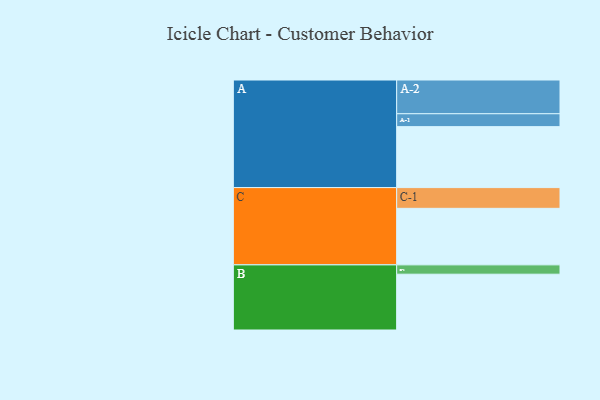
{"axis": {"x": "Segment", "y": "Value"}, "legend": ["", "A", "B", "C"], "data": [{"x": "A", "y": 412, "type": ""}, {"x": "B", "y": 377, "type": ""}, {"x": "C", "y": 382, "type": ""}, {"x": "A-1", "y": 87, "type": "A"}, {"x": "A-2", "y": 228, "type": "A"}, {"x": "B-1", "y": 63, "type": "B"}, {"x": "C-1", "y": 140, "type": "C"}]}